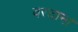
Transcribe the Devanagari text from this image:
वरदान।